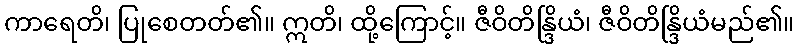
ကာရေတိ၊ ပြုစေတတ်၏။ ဣတိ၊ ထို့ကြောင့်။ ဇီဝိတိန္ဒြိယံ၊ ဇီဝိတိန္ဒြိယံမည်၏။